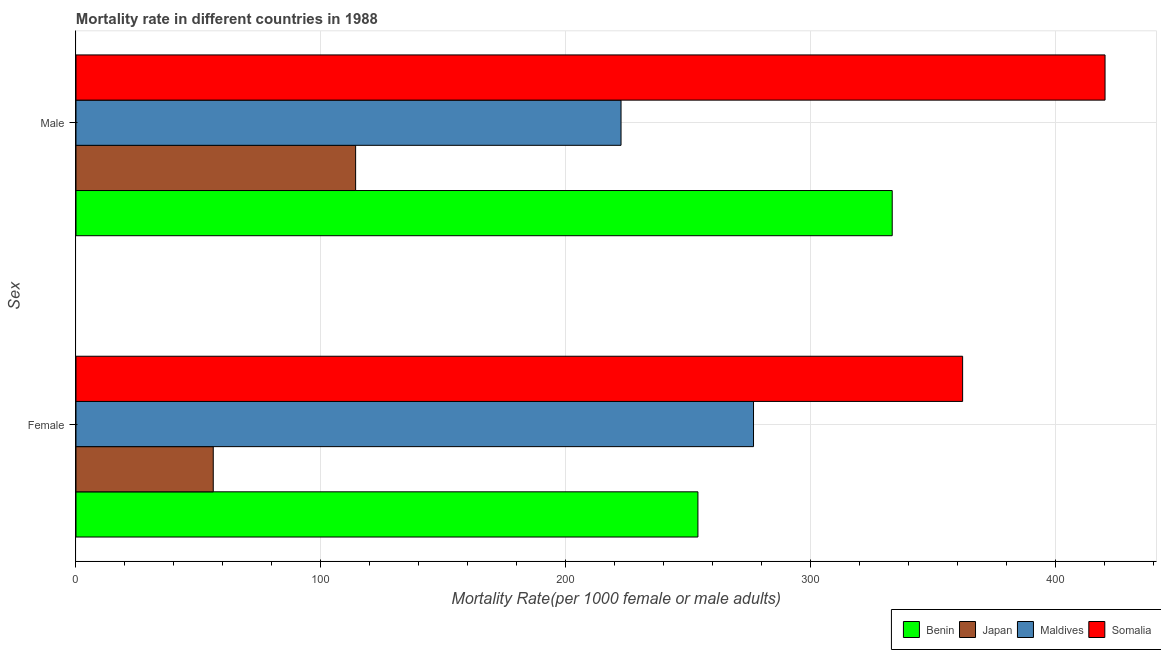
| Sex | Benin | Japan | Maldives | Somalia |
 | --- | --- | --- | --- | --- |
 | Female | 254 | 56 | 277 | 362 |
 | Male | 333 | 114 | 223 | 420 |